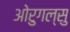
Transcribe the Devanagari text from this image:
ओरुगल्सु